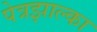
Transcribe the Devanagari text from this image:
पेत्रझाल्का